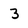
Character: 3